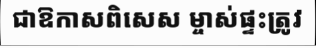
ជាឱកាសពិសេស ម្ចាស់ផ្ទះត្រូវ